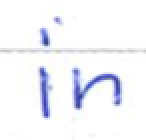
Text: in
Cross-out: clean
Writing tool: ballpoint